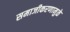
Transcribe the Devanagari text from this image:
समाजीकरणामुळे